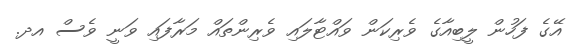
އޭގެ ފަހުން ލީބިއާގެ ވެރިކަން ވައްޓާލައި ވެރިންތައް މަރާފައި ވަނީ ވެސް އދ.